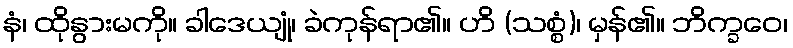
နံ၊ ထိုနွားမကို။ ခါဒေယျုံ၊ ခဲကုန်ရာ၏။ ဟိ (သစ္စံ)၊ မှန်၏။ ဘိက္ခဝေ၊